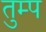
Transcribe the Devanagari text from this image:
तुम्प